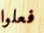
فعلوا